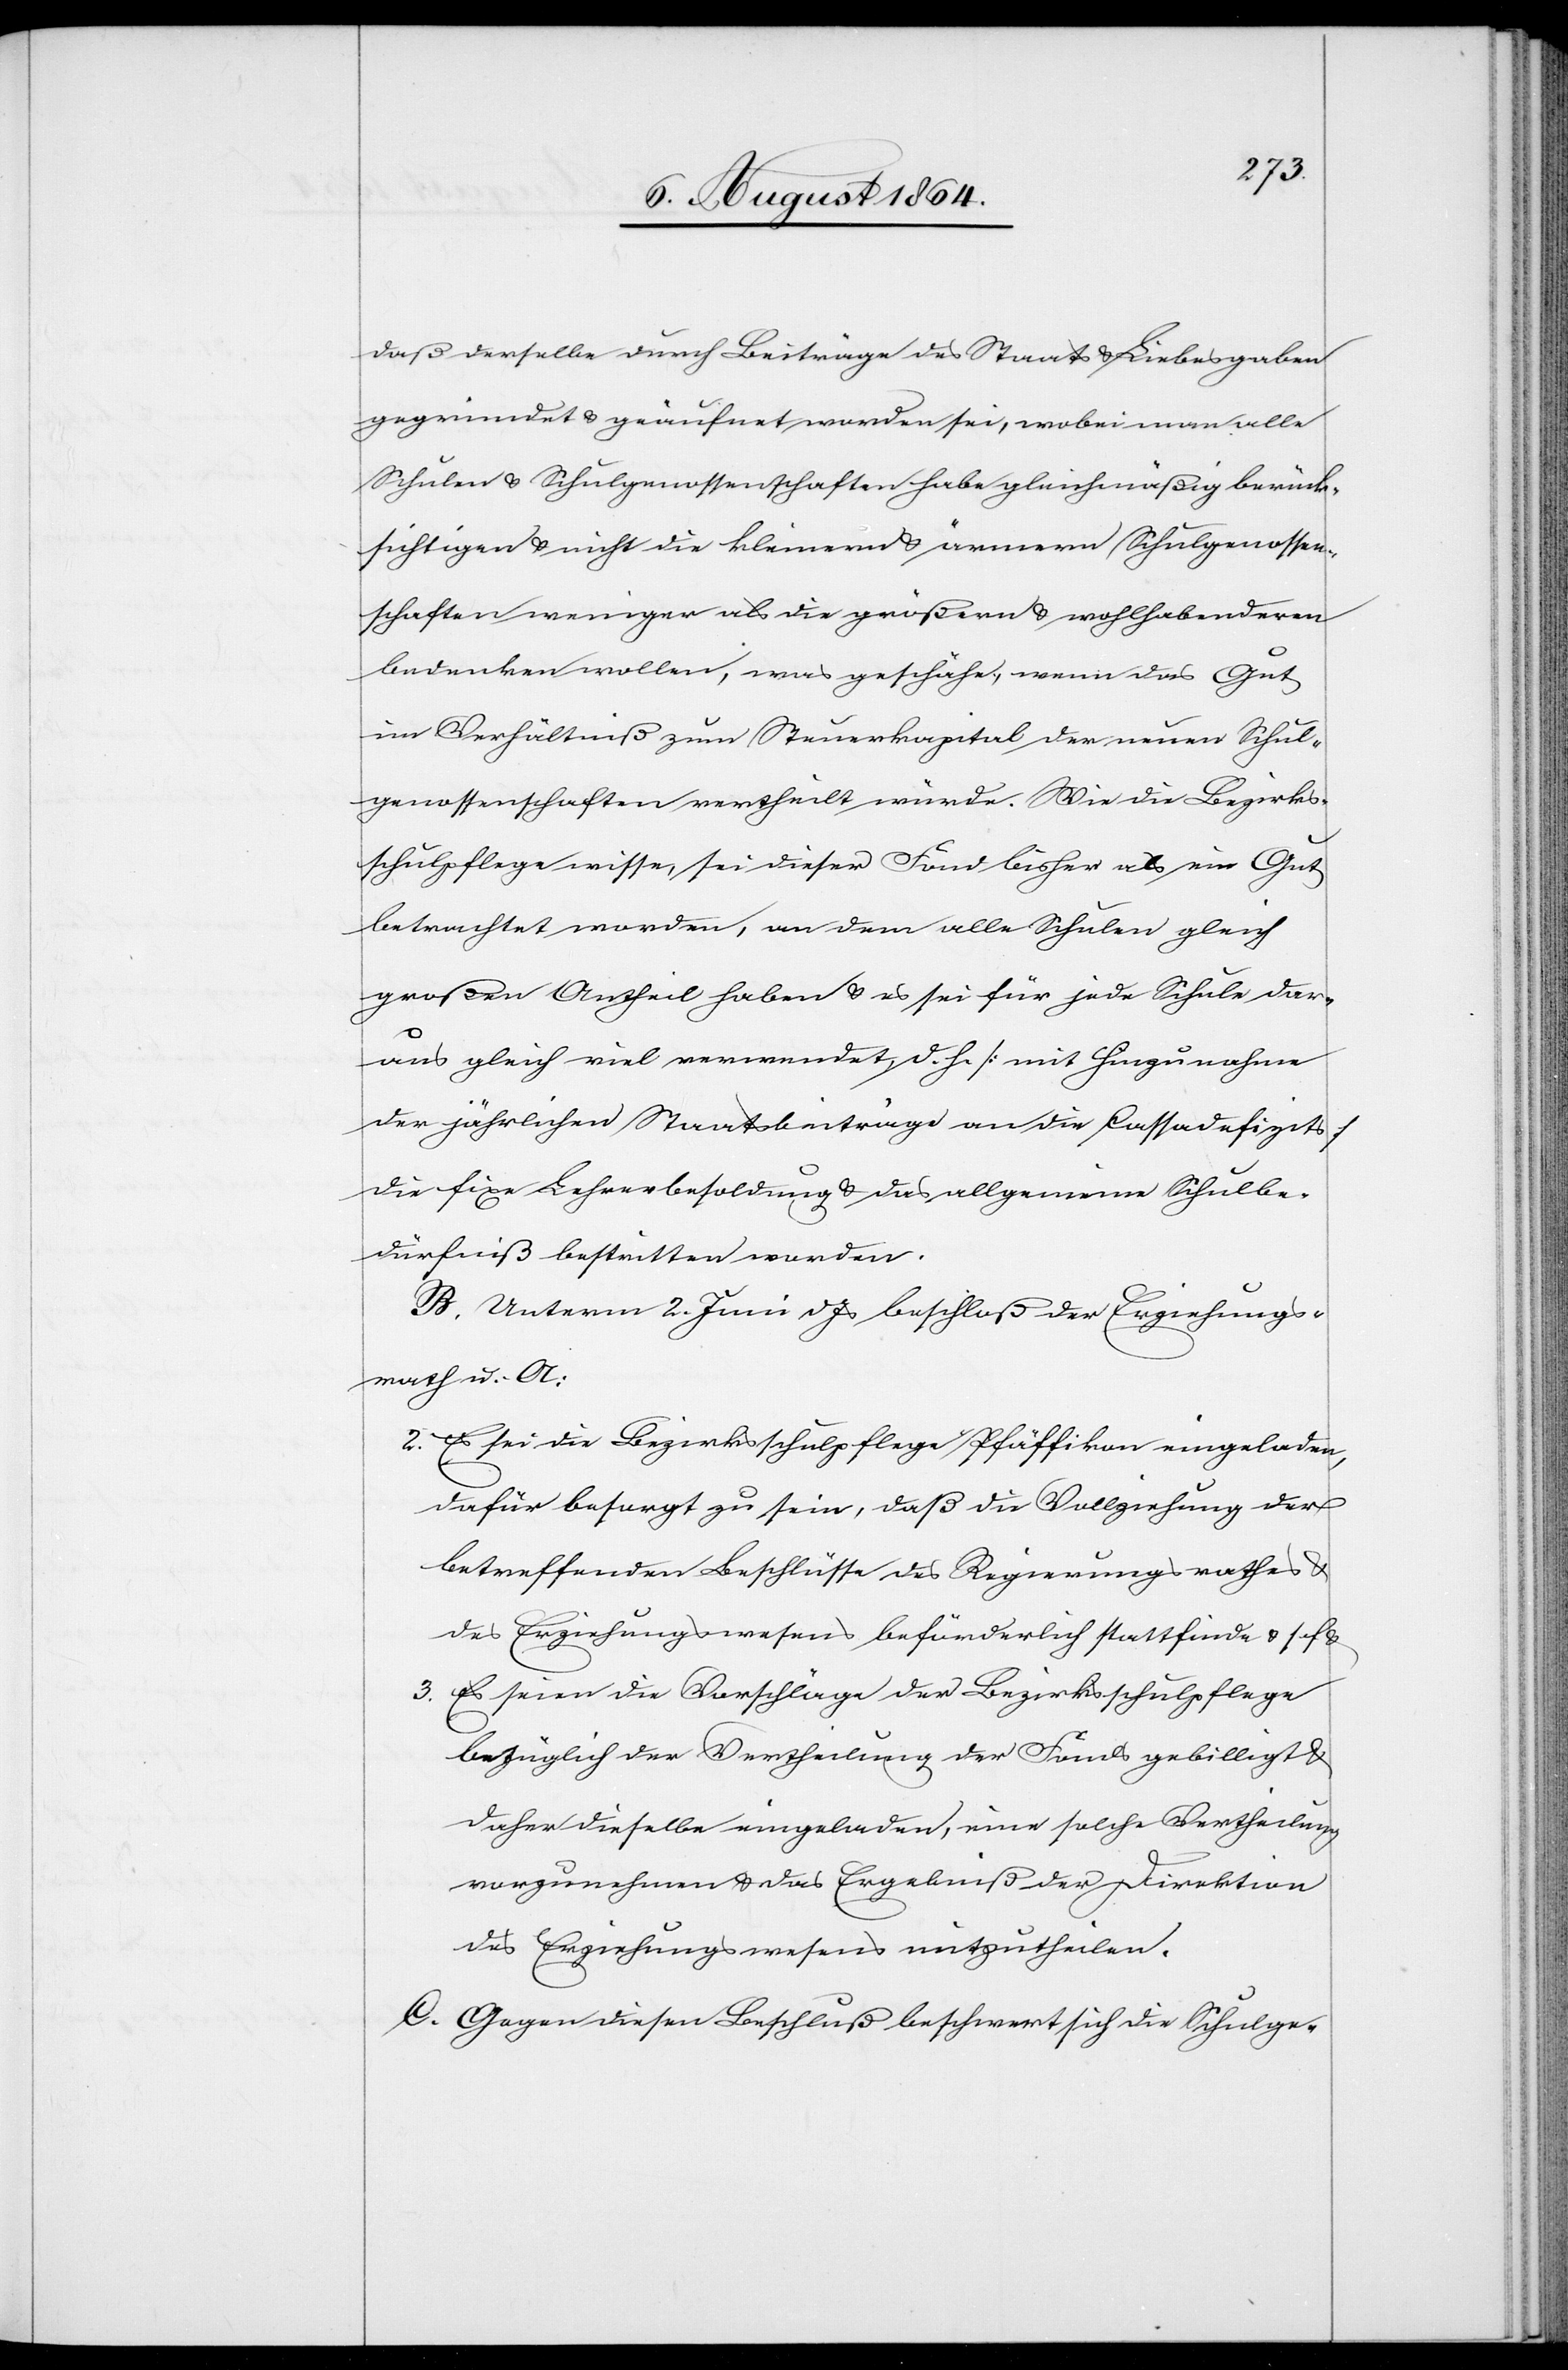
daß derselbe durch Beiträge des Staats & Liebesgaben
gegründet & geäufnet worden sei, wobei man alle
Schulen & Schulgenossenschaften habe gleichmäßig berück¬
sichtigen & nicht die kleinen & ärmern Schulgenossen¬
schaften weniger als die größern & wohlhabenderen
bedenken wollen, was geschähe, wenn das Gut
im Verhältniß zum Steuerkapital der neuen Schul¬
genossenschaften ertheilt würde. Wie die Bezirks¬
schulpflege wisse, sei dieser Fond bisher als ein Gut
betrachtet worden, an dem alle Schulen gleich
großen Antheil haben & es sei für jede Schule dar¬
aus gleich viel verwendet, d. h. [mit Hinzunahme
der jährlichen Staatsbeiträge an die Cassadefizits]
die fixe Lehrerbesoldung & das allgemeine Schulbe¬
dürfnis bestritten worden.
B. Unterm 2. Juni d. Js. beschloß der Erziehungs¬
rath u. A.:
2.	Es sei die Bezirksschulpflege Pfäffikon eingeladen,
dafür besorgt zu sein, daß die Vollziehung der
betreffenden Beschlüsse des Regierungsrathes &
des Erziehungswesens beförderlich stattfinde & s. f.
3.	Es seien die Vorschläge der Bezirksschulpflege
bezüglich der Vertheilung der Fonds gebilligt &
daher dieselbe eingeladen, eine solche Vertheilung
vorzunehmen & das Ergebniß der Direktion
des Erziehungswesens mitzutheilen.
C. Gegen diesen Beschluß beschwert sich die Schulge-